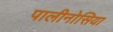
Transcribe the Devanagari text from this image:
पालीनोसिया